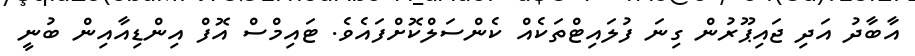
އާބާދު އަދި ޖައިޕޫރުން ގިނަ ފުލައިޓްތަކެއް ކެންސަލްކޮށްފައެވެ. ޓައިމްސް އޮފް އިންޑިއާއިން ބުނީ